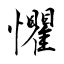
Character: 懼